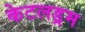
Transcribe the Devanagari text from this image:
केटलड्रम